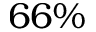
6 6 \%